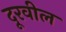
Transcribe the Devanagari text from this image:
दूरवील